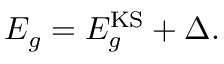
E _ { g } = E _ { g } ^ { \mathrm { K S } } + \Delta .